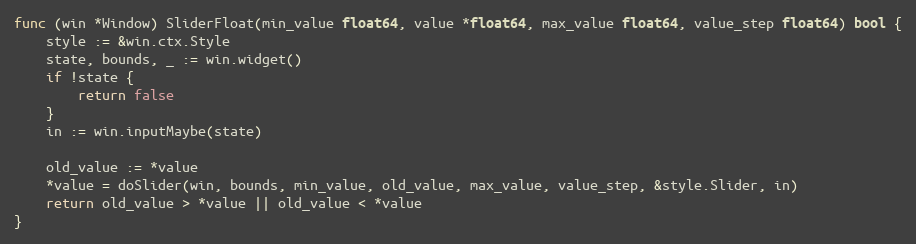
Language: Go
func (win *Window) SliderFloat(min_value float64, value *float64, max_value float64, value_step float64) bool {
	style := &win.ctx.Style
	state, bounds, _ := win.widget()
	if !state {
		return false
	}
	in := win.inputMaybe(state)

	old_value := *value
	*value = doSlider(win, bounds, min_value, old_value, max_value, value_step, &style.Slider, in)
	return old_value > *value || old_value < *value
}